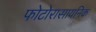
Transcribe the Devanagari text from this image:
फोटोरासायनिक